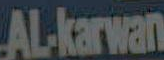
AL.karwan